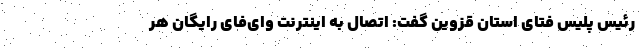
رئیس پلیس فتای استان قزوین گفت: اتصال به اینترنت وای‌فای رایگان هر